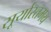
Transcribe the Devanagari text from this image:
सूर्यास्तमय